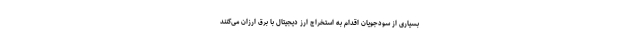
بسیاری از سودجویان اقدام به استخراج ارز دیجیتال با برق ارزان می‌کنند